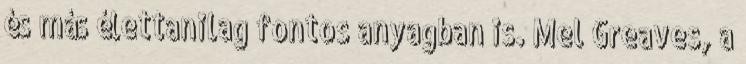
és más élettanilag fontos anyagban is. Mel Greaves, a